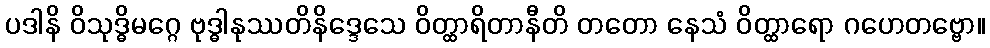
ပဒါနိ ဝိသုဒ္ဓိမဂ္ဂေ ဗုဒ္ဓါနုဿတိနိဒ္ဒေသေ ဝိတ္ထာရိတာနီတိ တတော နေသံ ဝိတ္ထာရော ဂဟေတဗ္ဗော။